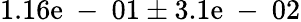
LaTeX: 1.16\mathrm{e}\mathrm{{~-~}}01\pm3.1\mathrm{e}\mathrm{{~-~}}02